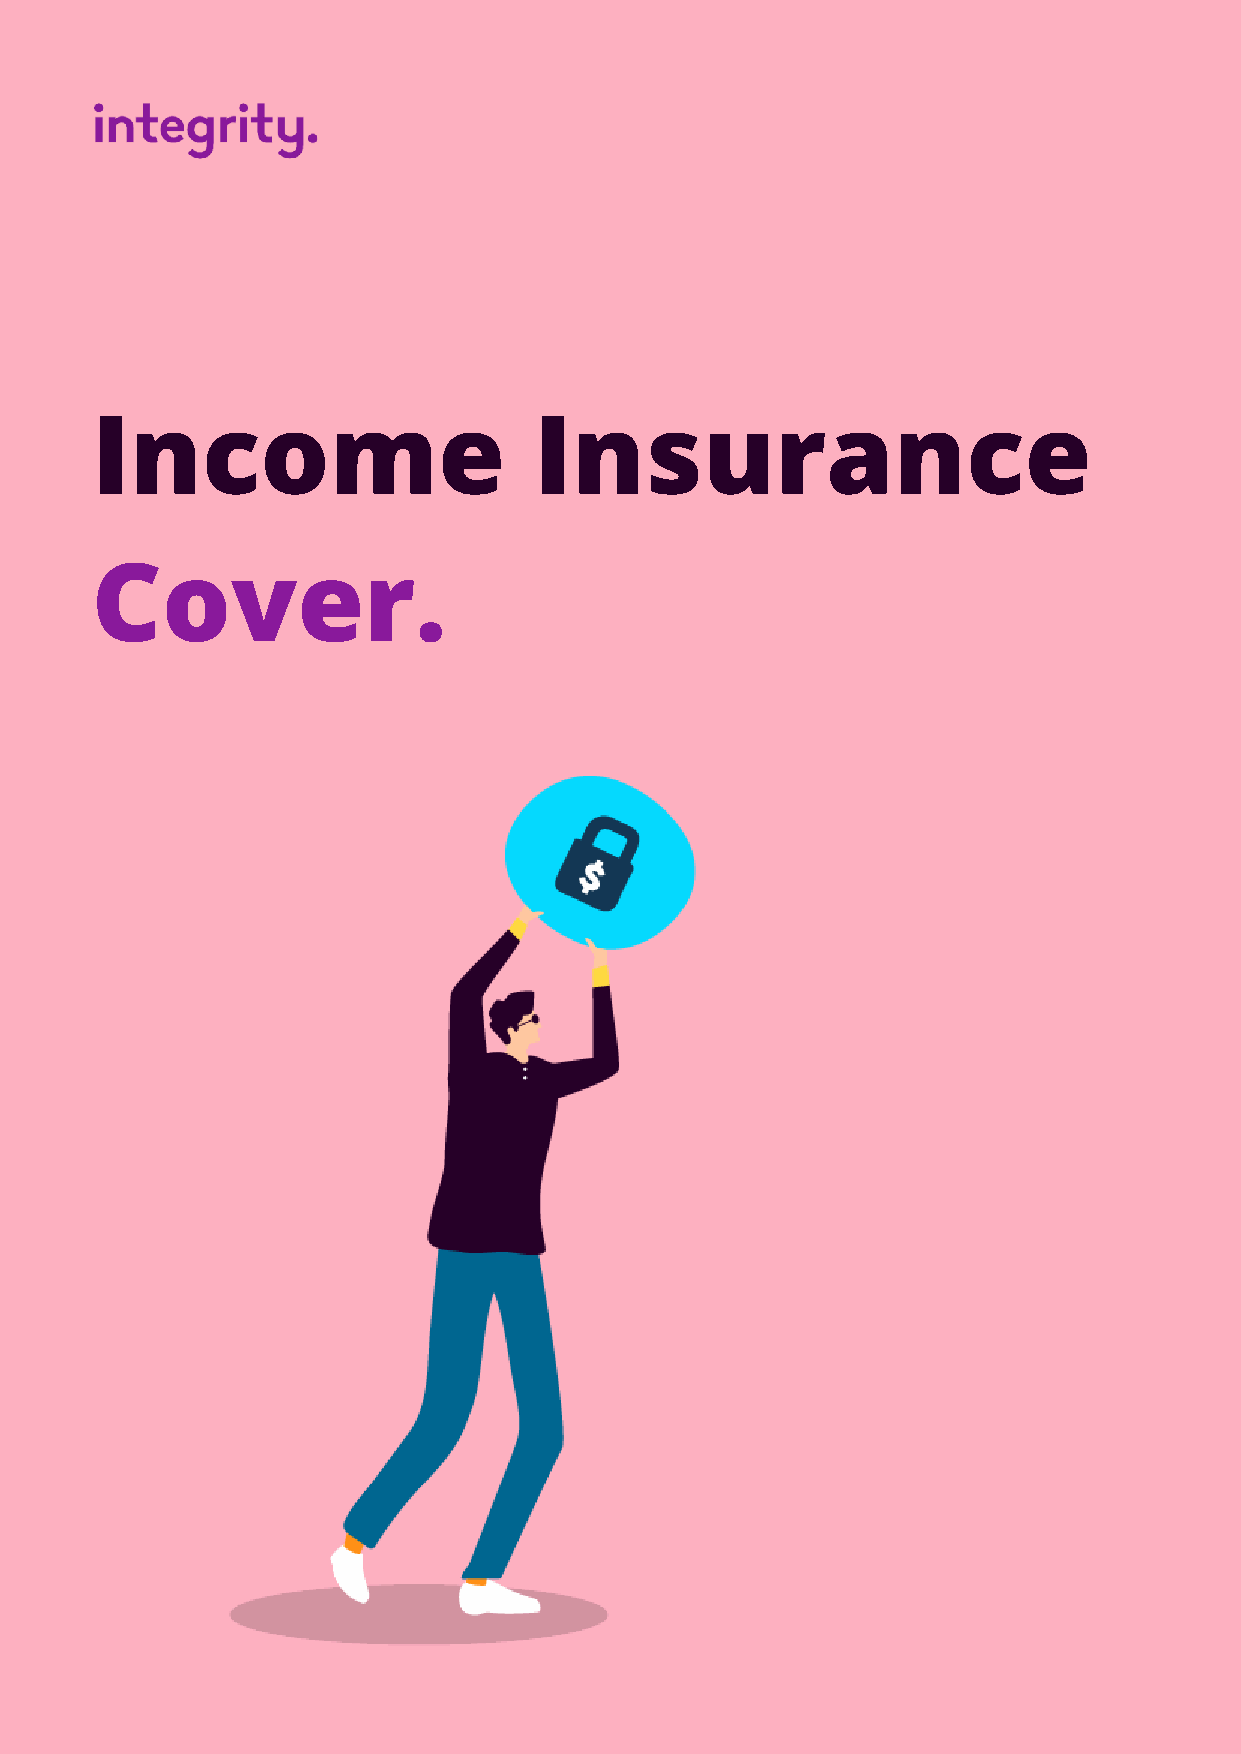
Income                       Insurance
 Cover.